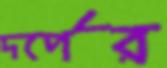
দর্পের